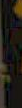
.